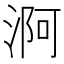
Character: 𣶰